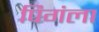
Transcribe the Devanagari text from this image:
पिगंला